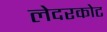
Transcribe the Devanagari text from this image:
लेदरकोट